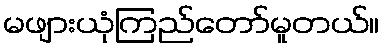
မဖျားယုံကြည်တော်မူတယ်။